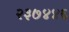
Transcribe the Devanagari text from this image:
२३७४४६